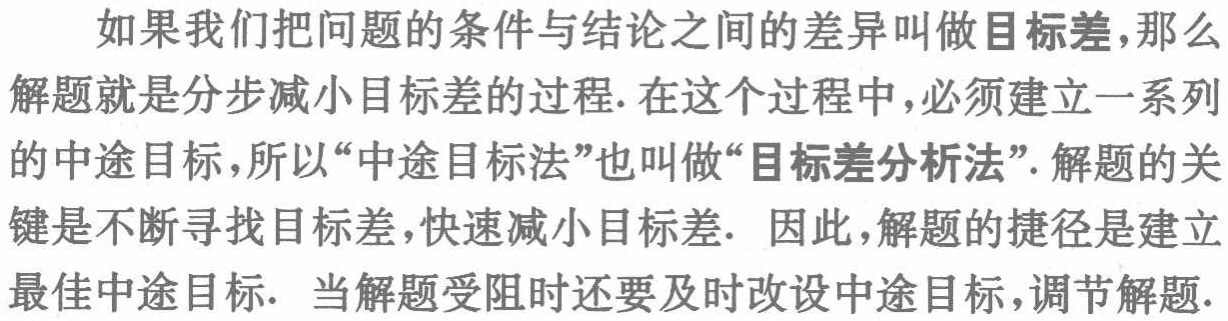
如果我们把问题的条件与结论之间的差异叫做目标差,那么解题就是分步减小目标差的过程. 在这个过程中,必须建立一系列的中途目标,所以“中途目标法”也叫做“目标差分析法”. 解题的关键是不断寻找目标差,快速减小目标差. 因此,解题的捷径是建立最佳中途目标. 当解题受阻时还要及时改设中途目标,调节解题.